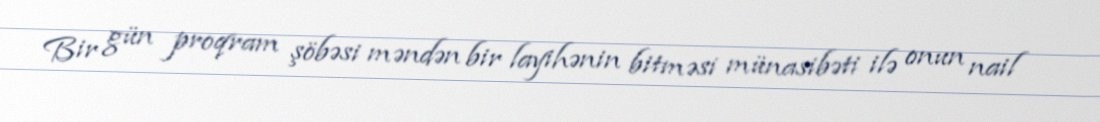
Bir gün proqram şöbəsi məndən bir layihənin bitməsi münasibəti ilə onun nail